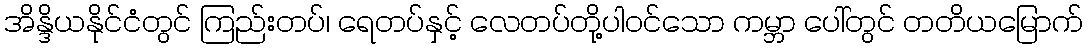
အိန္ဒိယနိုင်ငံတွင် ကြည်းတပ်၊ ရေတပ်နှင့် လေတပ်တို့ပါဝင်သော ကမ္ဘာ ပေါ်တွင် တတိယမြောက်